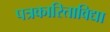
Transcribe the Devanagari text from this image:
पत्रकारिताविद्या